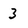
Character: 3